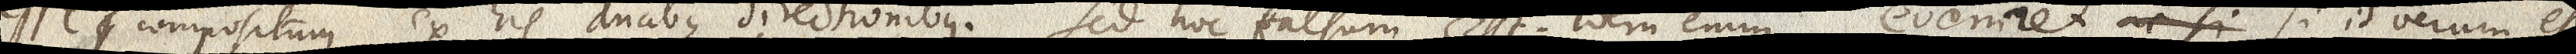
esse compositum ex his duabus directionibus. Sed hoc falsum est. Idem enim eveniret, ac si si id verum esset,